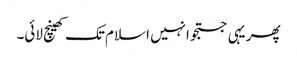
پھر یہی جستجو انہیں اسلام تک کھینچ لائی۔